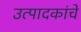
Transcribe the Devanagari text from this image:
उत्पादकांचे